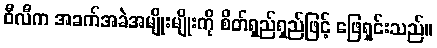
ဝီလီက အခက်အခဲအမျိုးမျိုးကို စိတ်ရှည်ရှည်ဖြင့် ဖြေရှင်းသည်။